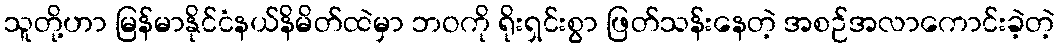
သူတို့ဟာ မြန်မာနိုင်ငံနယ်နိမိတ်ထဲမှာ ဘဝကို ရိုးရှင်းစွာ ဖြတ်သန်းနေတဲ့ အစဉ်အလာကောင်းခဲ့တဲ့